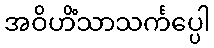
အဝိဟိံသာသင်္ကပ္ပေါ